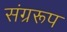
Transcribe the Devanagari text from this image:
संग्ररूप